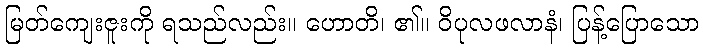
မြတ်ကျေးဇူးကို ရသည်လည်း။ ဟောတိ၊ ၏။ ဝိပုလဖလာနံ၊ ပြန့်ပြောသော